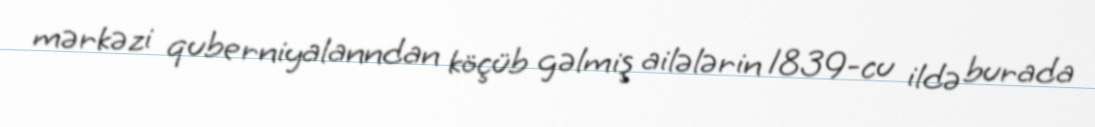
mərkəzi quberniyalanndan köçüb gəlmiş ailələrin 1839-cu ildə burada